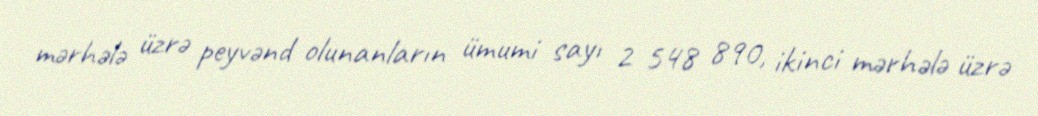
mərhələ üzrə peyvənd olunanların ümumi sayı 2 548 890, ikinci mərhələ üzrə